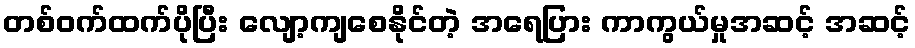
တစ်ဝက်ထက်ပိုပြီး လျော့ကျစေနိုင်တဲ့ အရေပြား ကာကွယ်မှုအဆင့် အဆင့်